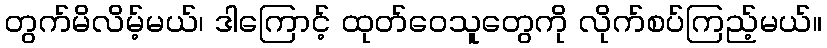
တွက်မိလိမ့်မယ်၊ ဒါကြောင့် ထုတ်ဝေသူတွေကို လိုက်စပ်ကြည့်မယ်။